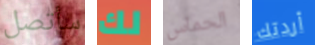
سأتصل لك الحماس أردتك